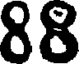
88